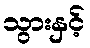
သွားနှင့်